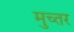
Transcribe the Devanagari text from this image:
मुच्तर